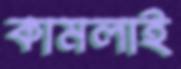
কামলাই